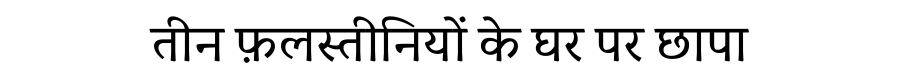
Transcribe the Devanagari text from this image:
तीन फ़लस्तीनियों के घर पर छापा